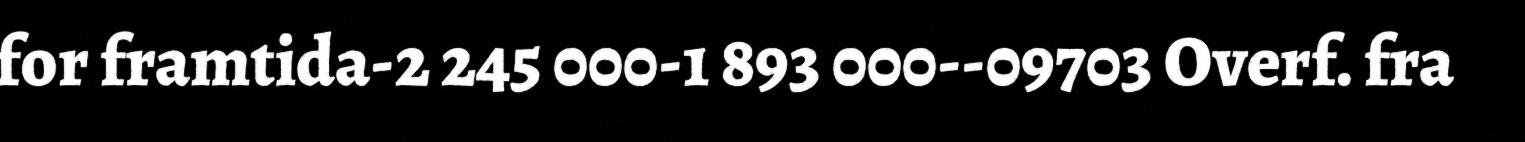
for framtida-2 245 000-1 893 000--09703 Overf. fra